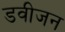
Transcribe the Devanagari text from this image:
डवीजन